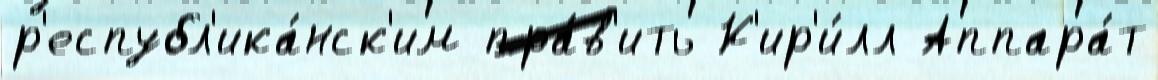
р'еспубл'ика́нск'им пра́в'ить К'ир'и́лл Аппара́т